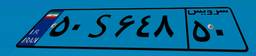
۵۰S۶۴۸۵۰